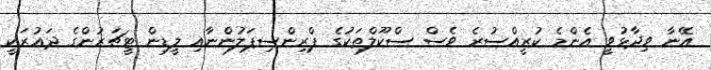
އޭނާ ވިދާޅުވީ އެންމެ ކުރީއްސުރެ ވެސް ސްކޫލްތަކުގެ ޕްރިންސިޕަލުންނާއި ލީޑިން ޓީޗަރުންގެ ދައުރަކީ